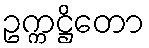
ဥက္ကဋ္ဌိတော